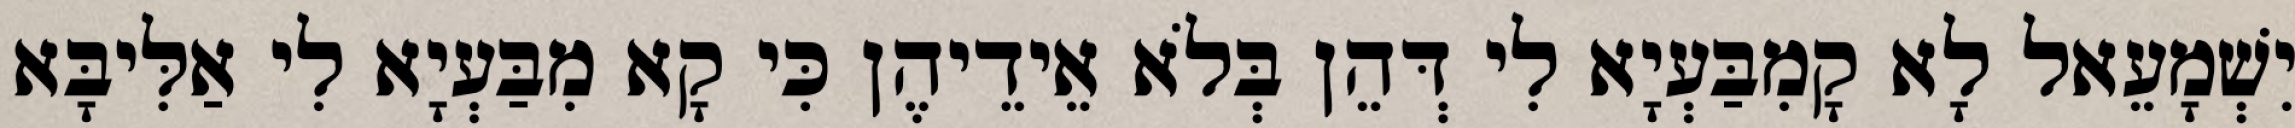
יִשְׁמָעֵאל לָא קָמִבַּעְיָא לִי דְּהֵן בְּלֹא אֵידֵיהֶן כִּי קָא מִבַּעְיָא לִי אַלִּיבָּא